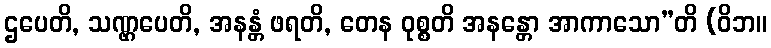
ဌပေတိ, သဏ္ဌပေတိ, အနန္တံ ဖရတိ, တေန ဝုစ္စတိ အနန္တော အာကာသော”တိ (ဝိဘ။